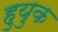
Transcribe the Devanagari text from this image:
हुयुक